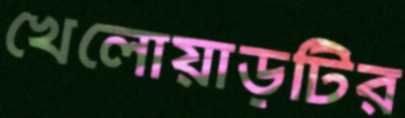
খেলোয়াড়টির